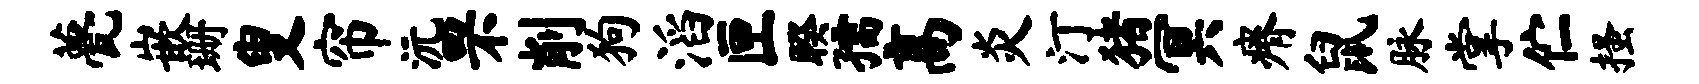
甍嵌珊叟帘沅罘削狗滔匣睽孺高炎汀猪冥瘠鼠脉掌伫搔